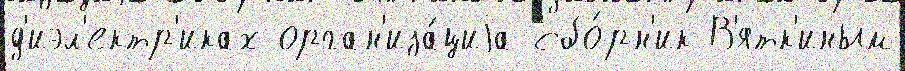
д'иэл'ектр'иках орган'иза́циjа сбо́рн'ик В'ятк'иным